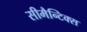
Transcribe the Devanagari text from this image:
सीमैन्टिक्स